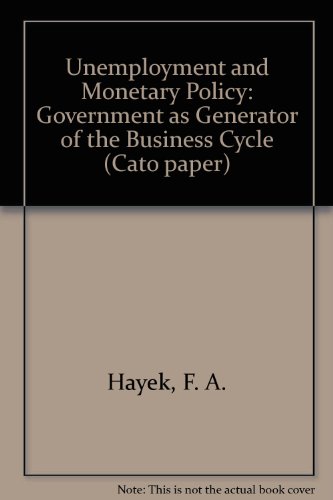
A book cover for Unemployment and Monetary Policy: Government as Generator of the Business Cycle; Friedrich A. Hayek; Business & Money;